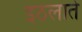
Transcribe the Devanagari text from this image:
इठलाते